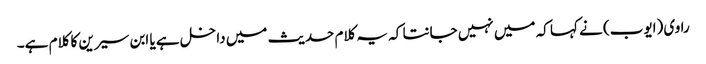
راوی (ایوب) نے کہا کہ میں نہیں جانتا کہ یہ کلام حدیث میں داخل ہے یا ابن سیرین کا کلام ہے۔